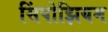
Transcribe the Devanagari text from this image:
सिंपोझियम